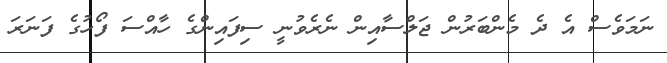
ނަމަވެސް އެ ދެ މެންބަރުން ޖަލްސާއިން ނެރެވުނީ ސިފައިންގެ ހާއްސަ ފޯހުގެ ފަނަރަ